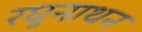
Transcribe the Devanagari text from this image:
रघुनाथन